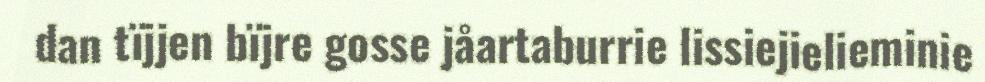
dan tïjjen bïjre gosse jåartaburrie lissiejielieminie